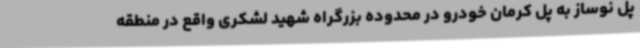
پل نوساز به پل کرمان خودرو در محدوده بزرگراه شهید لشکری واقع در منطقه